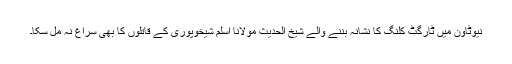
نیوٹاون میں ٹارگٹ کلنگ کا نشانہ بننے والے شیخ الحدیث مولانا اسلم شیخوپوری کے قاتلوں کا بھی سراغ نہ مل سکا۔